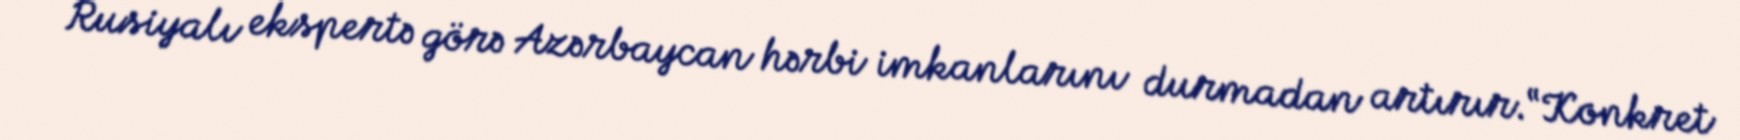
Rusiyalı ekspertə görə Azərbaycan hərbi imkanlarını durmadan artırır.“Konkret